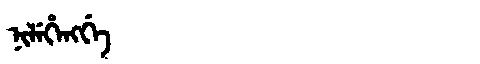
Manchu: ᠨᡳᠯᡝᡥᡝᠩᡤᡝ
Romanization: NILEHENGGE